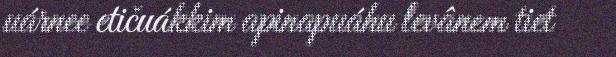
uárnee etičuákkim apinapuáhu levânem tiet